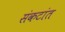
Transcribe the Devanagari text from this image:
संकटांत